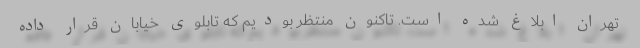
تهران ابلاغ شده است. تاکنون منتظر بودیم که تابلوی خیابان قرار داده